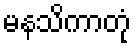
မနသိကာတုံ